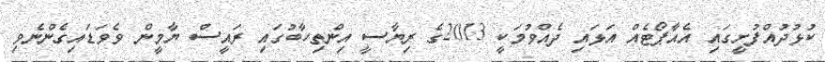
ކުޅުދުއްފުށީގައި އެއާޕޯޓެއް އަޅައި ދެއްވުމަކީ 2013ގެ ރިޔާސީ އިންތިހާބުގައި ރައީސް ޔާމީން ވެވަޑައިގެންނެވި